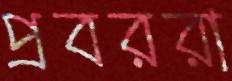
প্রবররা